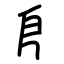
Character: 㐆